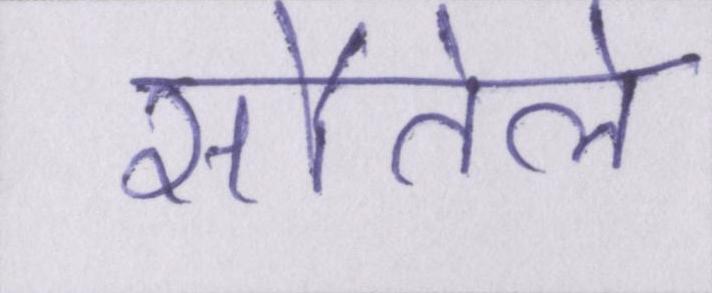
सौतेले